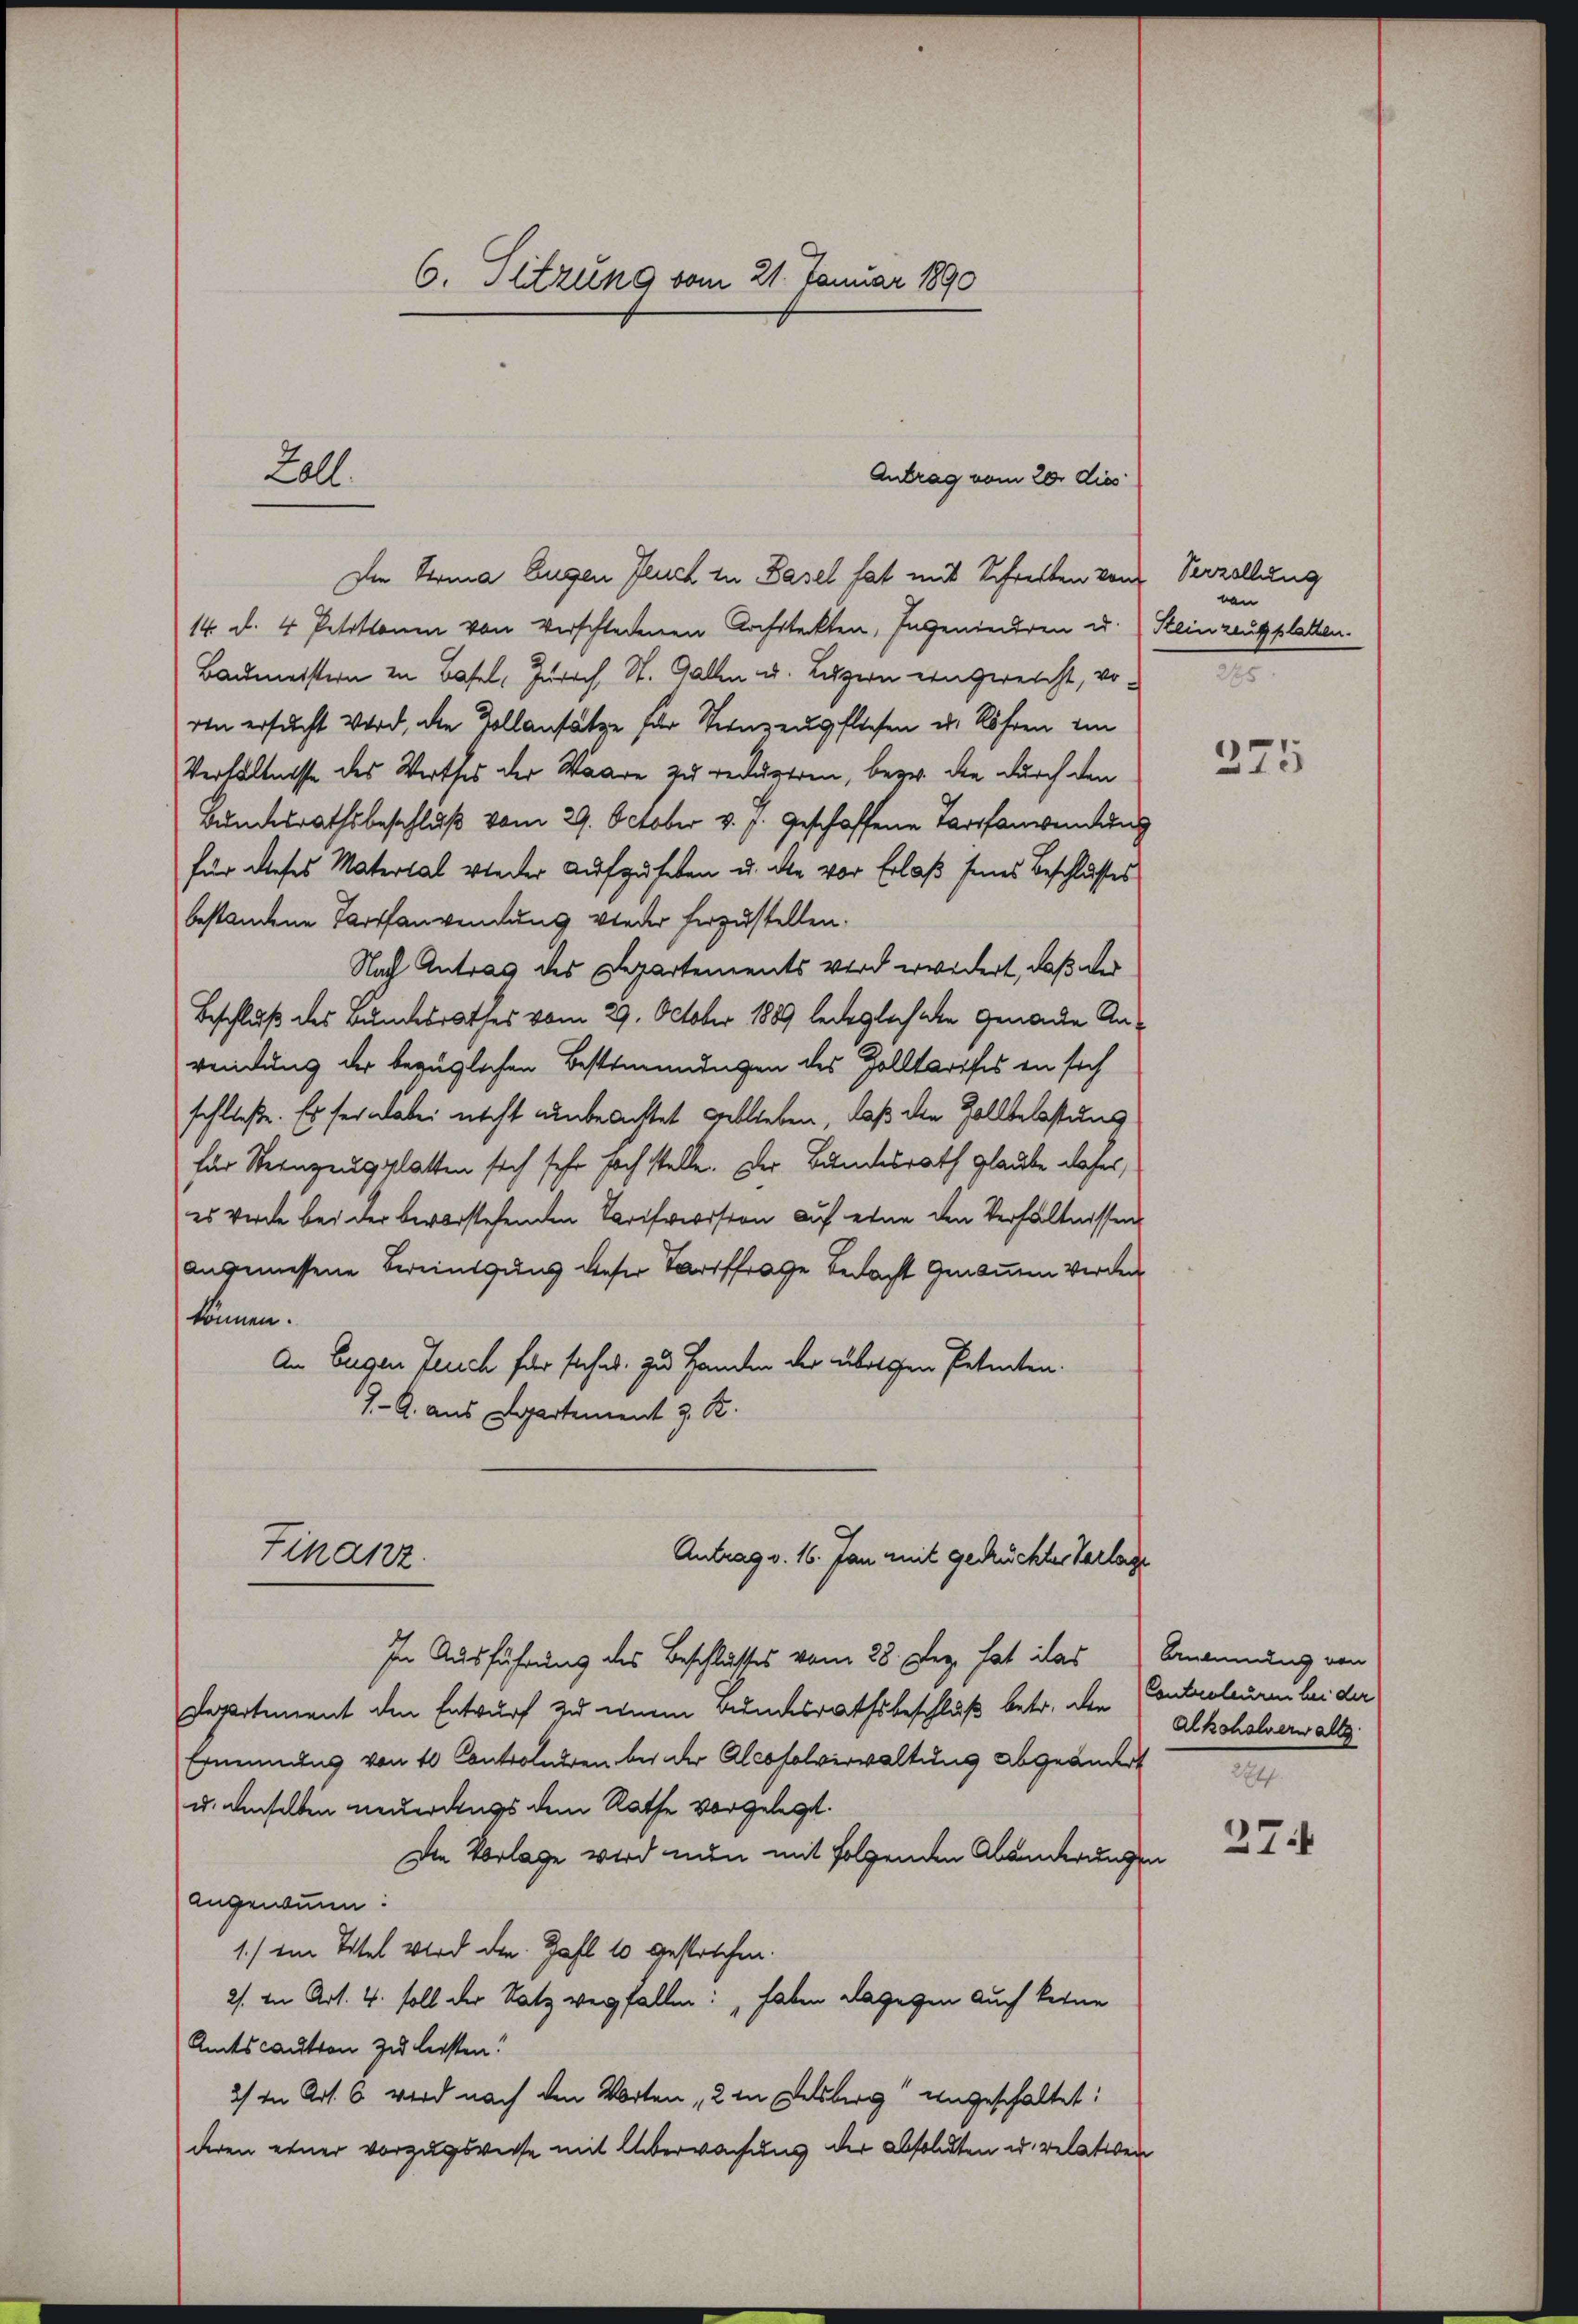
6. Sitzung vom 21. Januar 1890

Zall

Die Stria Eugen Feuch zu Basel hat mit Schreiten von Verzellung
14. d. 4 Petitionen von verschladenen Architekten, Ingeniendren u. Steinzeugplatten.
Baumeistern in Basel, Zürich, St. Gallen u. Luzern eingereicht, von des
ren ersucht wird, die Zollansätze für Verzeugfliehen der Röhren imm
Verhältnisse des Werthes der Waare zu redugeren, bezw. die durch den
Bundesrathsbeschluß vom 29. October v. J. geschaffene Tarofanwendung
für dieses Material wieder aufzuheben u. die vor Erlaß seines Beschlusses
bestandene Tatsanwendung wieder herzustellen.
Nach Antrag des Departements wird erwidert, daß der
Beschluß des Bundesrathes vom 29. October 1889 lediglich die Genaue Anwendung der bezüglichen Bestimmungen des Zolltarofes an sich
schließe. Es sei dabei nicht unbeachtet geblieben, daß die Zollbelastung
für Steinzeugplatten sich sehr hoch stelle. Der Bundesrath glaube daher,
es werde bei der bevorstehenden Tarifveriston auf eine den Verhältnissen
angemessene Bereinigung dieser Tariffrage bedacht genommen werden
können.
An Eugen Gerich für siches zu Handen der übrigen Petenten.
7.- A. aus Departement z. R.
Antrag v. 16. Jan mit gedrückter Verlage
Finanz
In Ausführung des Beschlusses vom 28. Dez. hat das nennung von
Departement den Entwurf zu einem Bundesrathsbeschluß betr. den Controleur bei der
Erinnung von 10 Controlurren bei der Alcosolverwaltung abgeändert
u. denselben neuerdings dem Rathe vorgelegt.
Die Vorlage wird nun mit folgenden Abänderungen
angenommen:
1.) Im Titel wird den Zahl 10 gestrechen.
2/. in Art. 4. soll der Satz verfallen: haben dagegen auch keine
Amtscaution zu leisten!
2) In Art. 6 wird nach den Worten 2 in Delsberg angeschaltet:
deren einer vorzugsweise mit Überwachung der absoluten u. relativen

Antrag vom 20. dies

von

275

Alkohalverwalts
224.

27